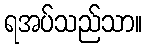
ရအပ်သည်သာ။